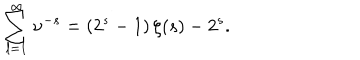
\sum _ { l = 1 } ^ { \infty } \nu ^ { - s } = \left( 2 ^ { s } - 1 \right) \zeta ( s ) - 2 ^ { s } .